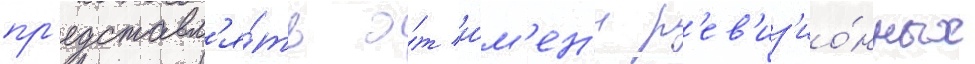
пр'едставл'я́ть о́т и́м'ен'и р'ев'из'ио́нных